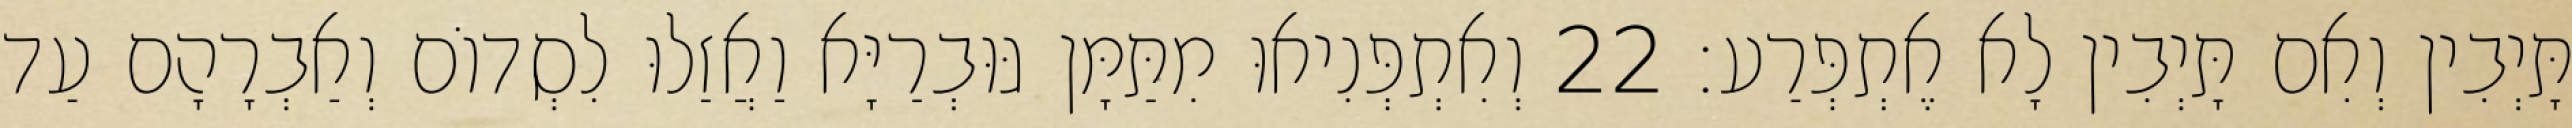
תָּיְבִין וְאִם תָּיְבִין לָא אֶתְפְּרַע׃ 22 וְאִתְפְּנִיאוּ מִתַּמָּן גּוּבְרַיָּא וַאֲזַלוּ לִסְדוֹם וְאַבְרָהָם עַד